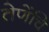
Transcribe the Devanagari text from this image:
तेणेंचि